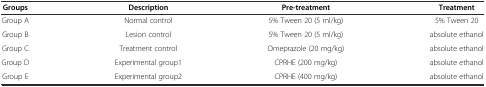
| Groups | Description | Pre-treatment | Treatment |
 | --- | --- | --- | --- |
 | Group A | Normal control | 5% Tween 20 (5 ml/kg) | 5% Tween 20 |
 | Group B | Lesion control | 5% Tween 20 (5 ml/kg) | absolute ethanol |
 | Group C | Treatment control | Omeprazole (20 mg/kg) | absolute ethanol |
 | Group D | Experimental group1 | CPRHE (200 mg/kg) | absolute ethanol |
 | Group E | Experimental group2 | CPRHE (400 mg/kg) | absolute ethanol |